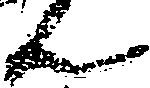
ん